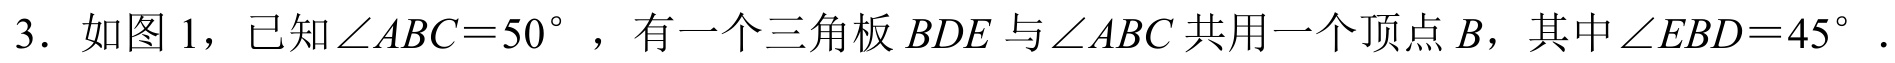
3. 如图 1，已知\(\angle ABC = 50^{\circ}\) ，有一个三角板 \(BDE\) 与\(\angle ABC\) 共用一个顶点 \(B\)，其中\(\angle EBD = 45^{\circ}\) ．